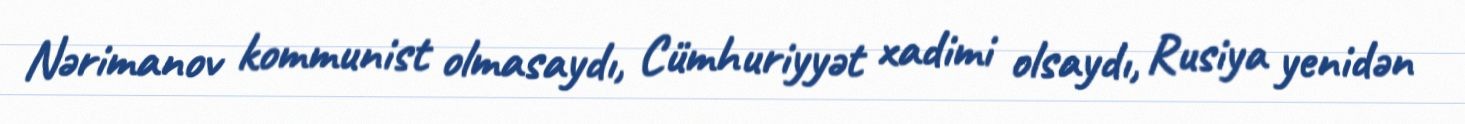
Nərimanov kommunist olmasaydı, Cümhuriyyət xadimi olsaydı, Rusiya yenidən